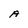
Character: A